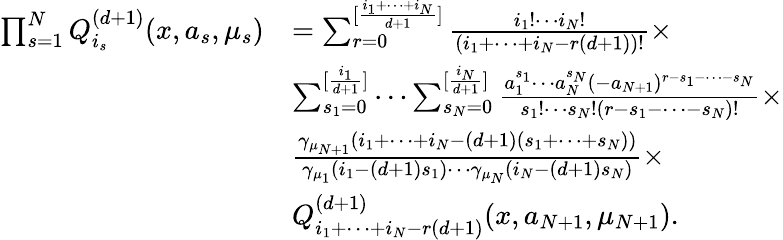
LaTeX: \begin{array}{rl}{\prod_{s=1}^{N}Q_{i_{s}}^{(d+1)}(x,a_{s},\mu_{s})}&{=\sum_{r=0}^{[\frac{i_{1}+\cdots+i_{N}}{d+1}]}{\frac{i_{1}!\cdots i_{N}!}{(i_{1}+\cdots+i_{N}-r(d+1))!}}\times}\\ &{\sum_{s_{1}=0}^{[\frac{i_{1}}{d+1}]}\cdots\sum_{s_{N}=0}^{[\frac{i_{N}}{d+1}]}{\frac{a_{1}^{s_{1}}\cdots a_{N}^{s_{N}}(-a_{N+1})^{r-s_{1}-\cdots-s_{N}}}{s_{1}!\cdots s_{N}!(r-s_{1}-\cdots-s_{N})!}}\times}\\ &{{\frac{\gamma_{\mu_{N+1}}(i_{1}+\cdots+i_{N}-(d+1)(s_{1}+\cdots+s_{N}))}{\gamma_{\mu_{1}}(i_{1}-(d+1)s_{1})\cdots\gamma_{\mu_{N}}(i_{N}-(d+1)s_{N})}}\times}\\ &{Q_{i_{1}+\cdots+i_{N}-r(d+1)}^{(d+1)}(x,a_{N+1},\mu_{N+1}).}\end{array}